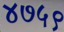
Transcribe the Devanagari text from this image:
४७५९